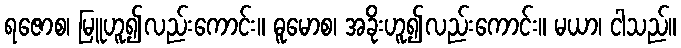
ရဇောစ၊ မြူဟူ၍လည်းကောင်း။ ဓူမောစ၊ အခိုးဟူ၍လည်းကောင်း။ မယာ၊ ငါသည်။